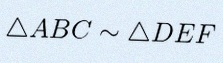
\triangle ABC\sim\triangle DEF